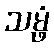
သမ္ဖံ